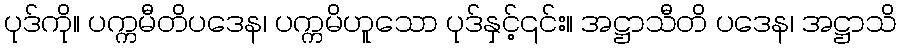
ပုဒ်ကို။ ပက္ကမီတိပဒေန၊ ပက္ကမိဟူသော ပုဒ်နှင့်၎င်း။ အဋ္ဌာသီတိ ပဒေန၊ အဋ္ဌာသိ